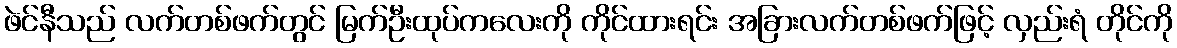
ဖဲင်နီသည် လက်တစ်ဖက်တွင် မြက်ဦးထုပ်ကလေးကို ကိုင်ထားရင်း အခြားလက်တစ်ဖက်ဖြင့် လှည်းရံ တိုင်ကို